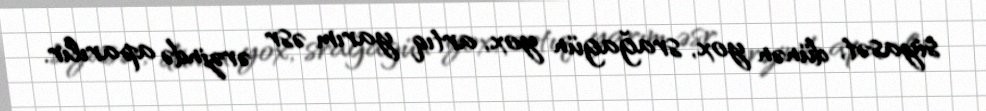
siyasət, dünən yox, srağagün yox, artıq yarım əsr ərzində aparılır.